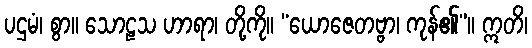
ပဌမံ၊ စွာ။ သောဠသ ဟာရာ၊ တို့ကို။ “ယောဇေတဗ္ဗာ၊ ကုန်၏”။ ဣတိ၊